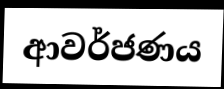
ආවර්ජණය